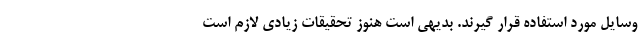
وسایل مورد استفاده قرار گیرند. بدیهی است هنوز تحقیقات زیادی لازم است